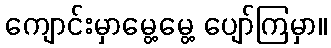
ကျောင်းမှာမွေ့မွေ့ ပျော်ကြမှာ။